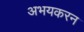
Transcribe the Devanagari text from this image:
अभयकरन